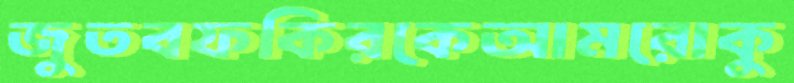
জুতবফকিরকেআমরোকু